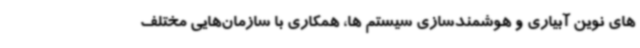
های نوین آبیاری و هوشمندسازی سیستم ها، همکاری با سازمان‌هایی مختلف